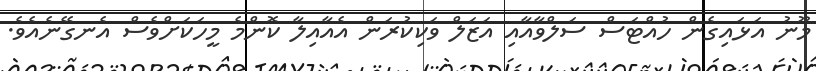
މޫނު އަޅައިގެން ހުއްޓަސް ސަލްވާއާއި އަޒަލް ވަކިކުރަން އެއާއިލާ ކޮންމެ މީހަކަށްވެސް އެނގޭނެއެވެ.